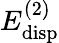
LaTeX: E_{\mathrm{disp}}^{(2)}